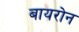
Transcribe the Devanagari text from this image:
बायरोन